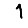
Digit: 1